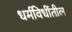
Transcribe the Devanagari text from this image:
धर्मविधींतील